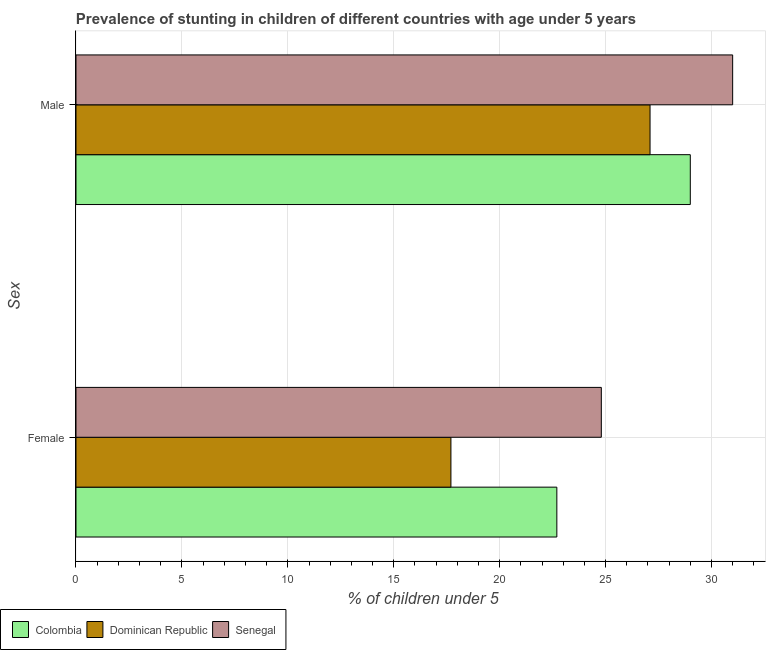
| Sex | Colombia | Dominican Republic | Senegal |
 | --- | --- | --- | --- |
 | Female | 22.7 | 17.7 | 24.8 |
 | Male | 29 | 27.1 | 31 |